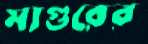
মাগুরের